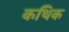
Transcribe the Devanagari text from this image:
कथिक